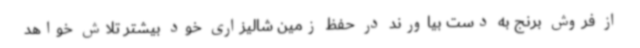
از فروش برنج به دست بیاورند در حفظ زمین شالیزاری خود بیشتر تلاش خواهد